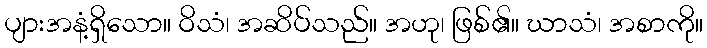
ပျားအနံ့ရှိသော။ ဝိသံ၊ အဆိပ်သည်။ အဟု၊ ဖြစ်၏။ ဃာသံ၊ အစာကို။